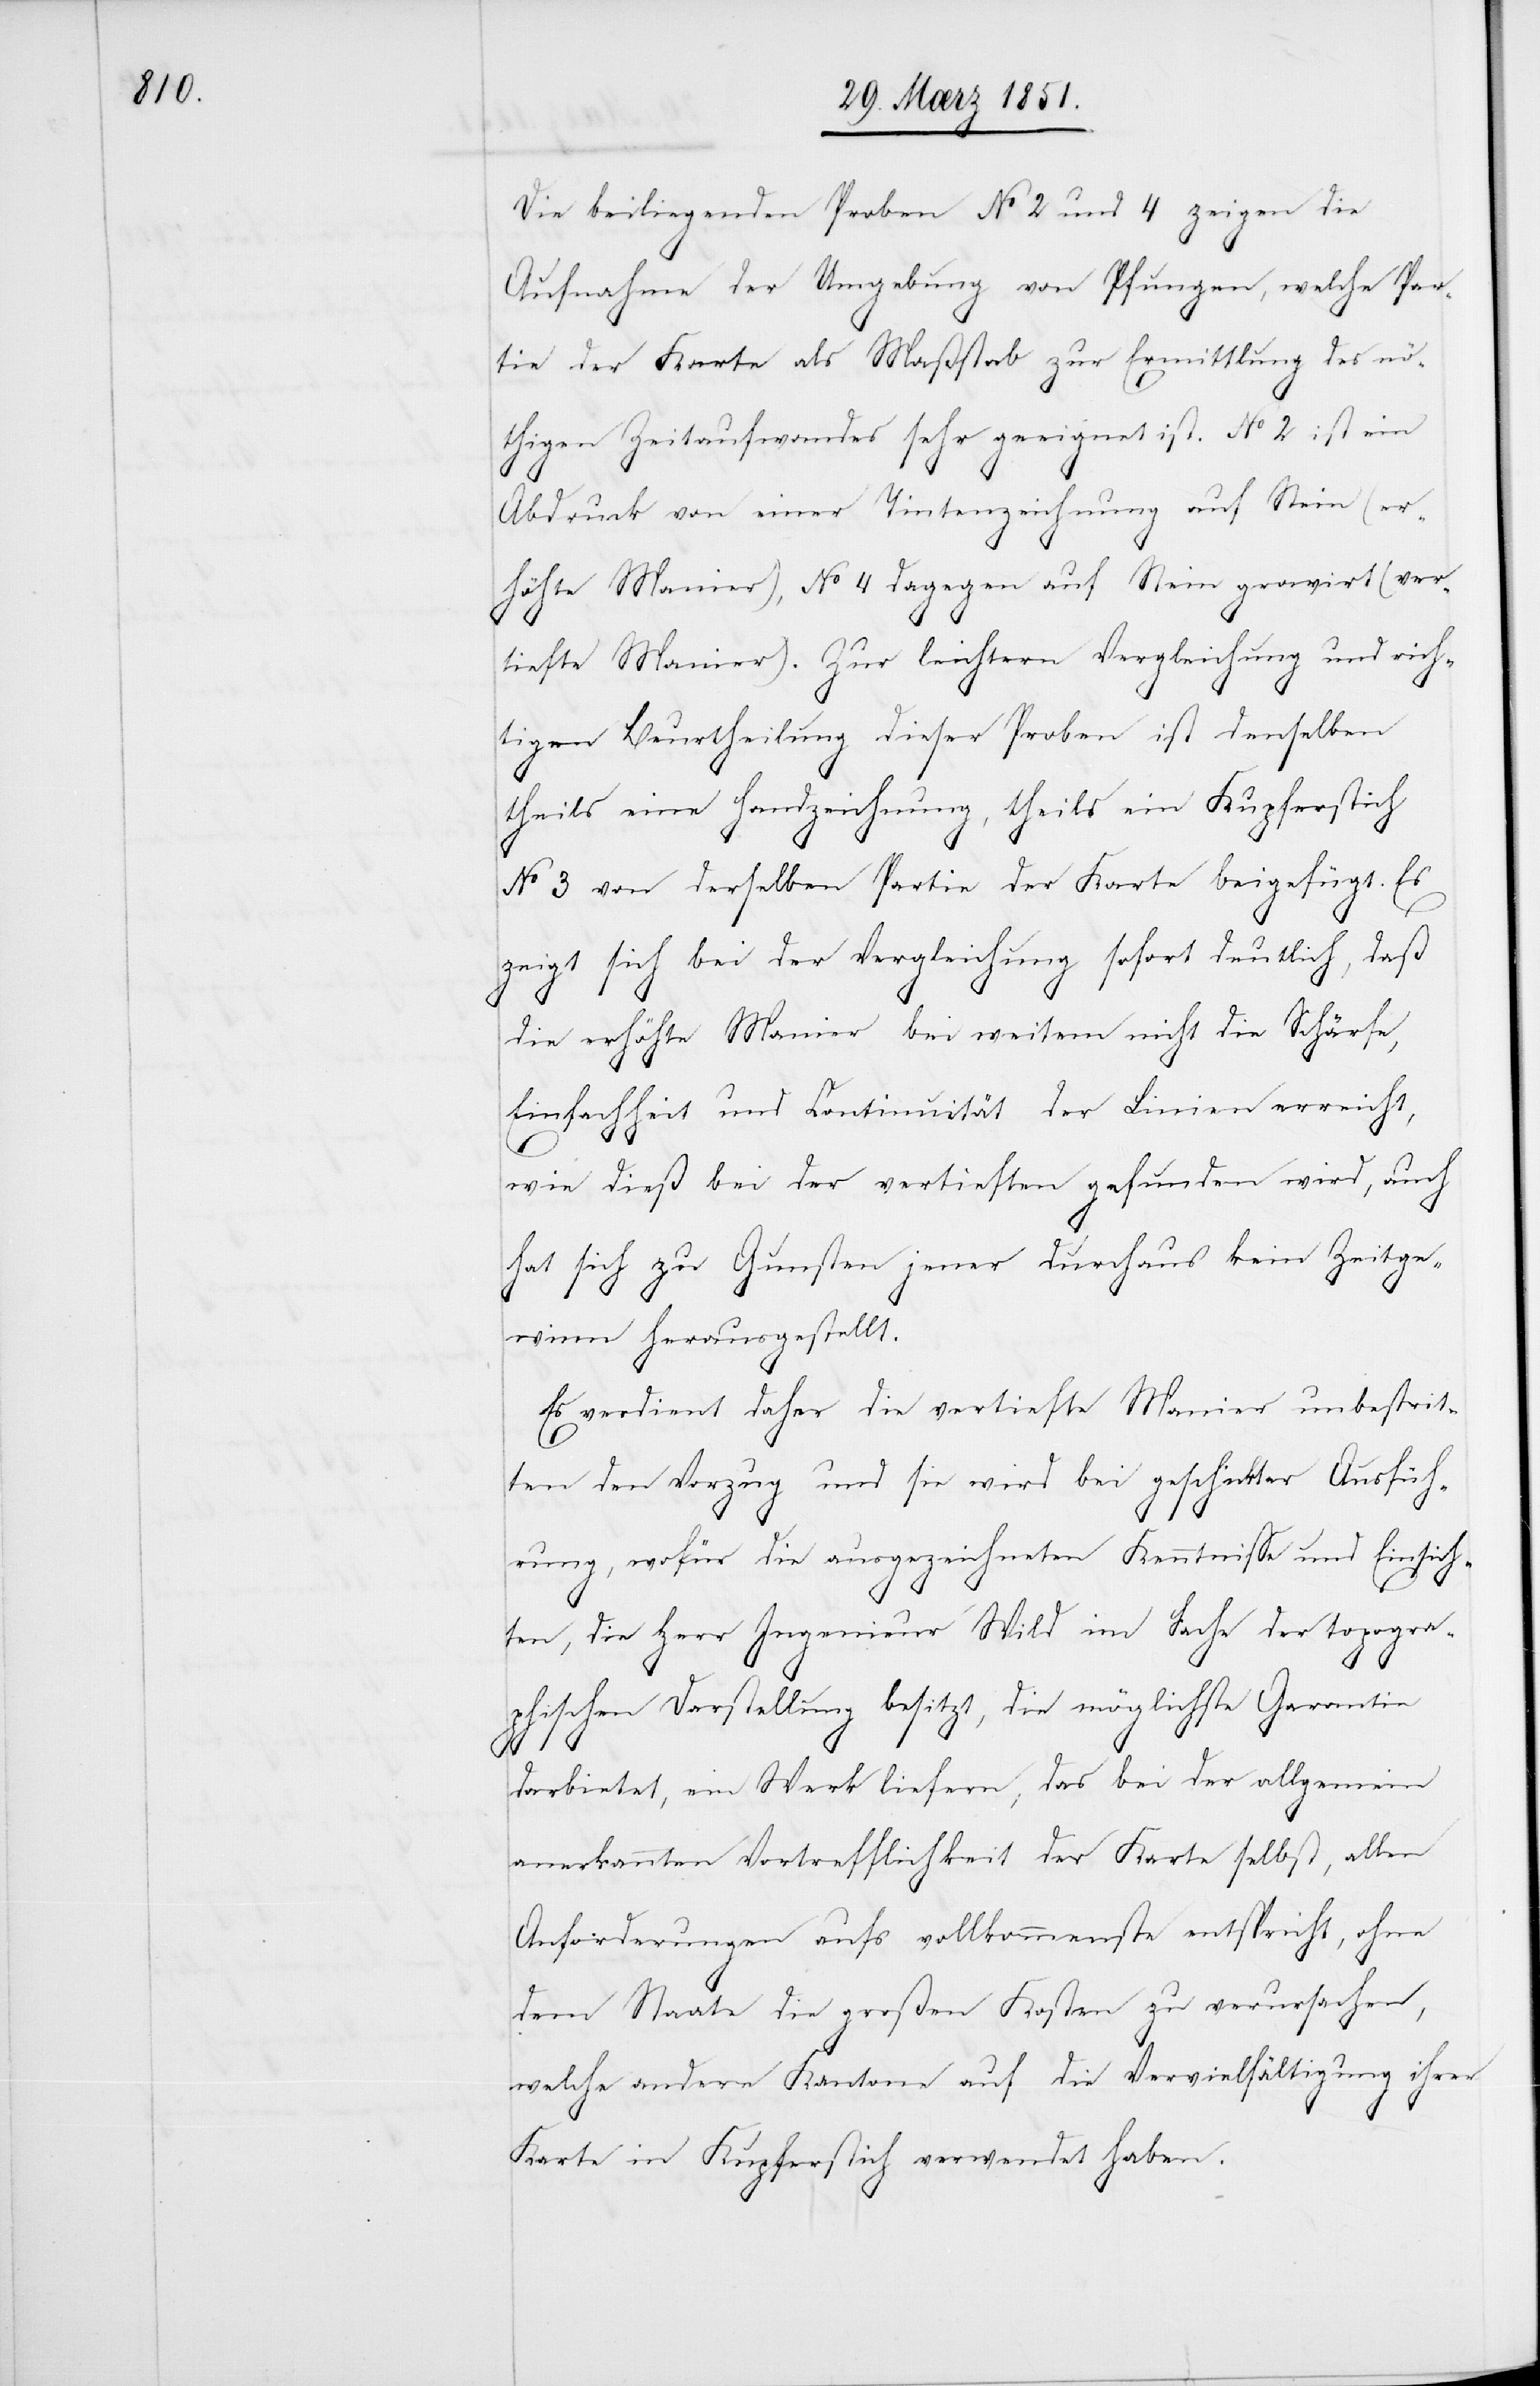
Die beiliegenden Proben No 2 und 4 zeigen die
Aufnahme der Umgebung von Pfungen, welche Par¬
tie der Karte als Maßstab zur Ermittlung des nö¬
thigen Zeitaufwandes sehr geeignet ist. No 2 ist ein
Abdruck von einer Tintenzeichnung auf Stein (er¬
höhte Manier), No 4 dagegen auf Stein gravirt (ver¬
tiefte Manier). Zur leichtern Vergleichung und rich¬
tigen Beurtheilung dieser Proben ist denselben
theils eine Handzeichnung, theils ein Kupferstich
No 3 von derselben Partie der Karte beigefügt. Es
zeigt sich bei der Vergleichung sofort deutlich, daß
die erhöhte Manier bei weitem nicht die Schärfe,
Einfachheit und Continuität der Linien erreicht,
wie dieß bei der vertieften gefunden wird, auch
hat sich zu Gunsten jener durchaus kein Zeitge¬
winn herausgestellt.
Es verdient daher die vertiefte Manier unbestrit¬
ten den Vorzug und sie wird bei geschickter Ausfüh¬
rung, wofür die ausgezeichneten Kenntnisse und Einsich¬
ten, die Herr Ingenieur Wild im Fache der topogra¬
phischen Darstellung besitzt, die möglichste Garantie
darbietet, ein Werk liefern, das bei der allgemein
anerkannten Vortrefflichkeit der Karte selbst, allen
Anforderungen aufs vollkommenste entspricht, ohne
dem Staate die großen Kosten zu verursachen,
welche andere Kantone auf die Vervielfältigung ihrer
Karte in Kupferstich verwendet haben.